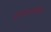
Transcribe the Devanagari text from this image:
रामारायनिंगर